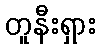
တူနီးရှား